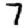
Digit: 7